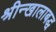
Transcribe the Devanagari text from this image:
श्रीन्खालाबद्ध